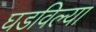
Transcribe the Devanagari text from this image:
घडविल्या